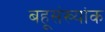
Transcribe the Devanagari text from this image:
बहूसंख्यांक